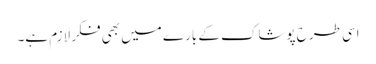
اسی طرح پوشاک کے بارے میں بھی فکر لازم ہے۔